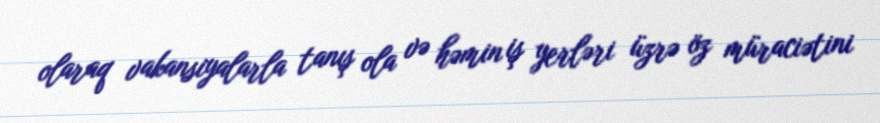
olaraq vakansiyalarla tanış ola və həmin iş yerləri üzrə öz müraciətini